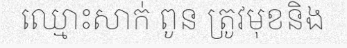
ឈ្មោះសាក់ ពូន ត្រូវមុខនិង